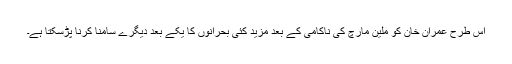
اس طرح عمران خان کو ملین مارچ کی ناکامی کے بعد مزید کئی بحرانوں کا یکے بعد دیگرے سامنا کرنا پڑسکتا ہے۔